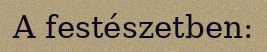
A festészetben: